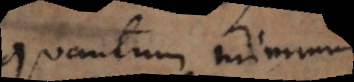
quantum minimum